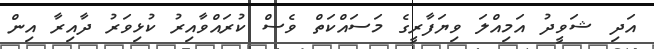
އަދި ޝަވީދު އަމިއްލަ ވިޔަފާރީގެ މަސައްކަތް ވެސް ކުރައްވާއިރު ކުޅިވަރު ދާއިރާ އިން